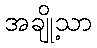
အချို့သာ